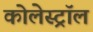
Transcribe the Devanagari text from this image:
कोलेस्‍ट्रॉल